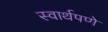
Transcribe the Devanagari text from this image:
स्वार्थपणे